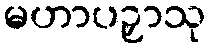
မဟာပဉှာသု